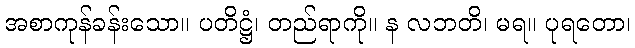
အစာကုန်ခန်းသော။ ပတိဋ္ဌံ၊ တည်ရာကို။ န လဘတိ၊ မရ။ ပုရတော၊